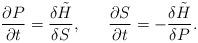
LaTeX: \begin{align*}\frac{\partial P}{\partial t} = \frac{\delta\tilde{H}}{\delta S}, ~~~~~\frac{\partial S}{\partial t} = - \frac{\delta\tilde{H}}{\delta P} .\end{align*}